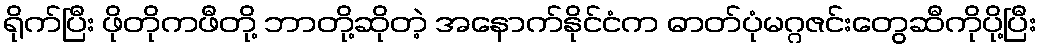
ရိုက်ပြီး ဖိုတိုကဖီတို့ ဘာတို့ဆိုတဲ့ အနောက်နိုင်ငံက ဓာတ်ပုံမဂ္ဂဇင်းတွေဆီကိုပို့ပြီး